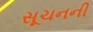
સૂચનની